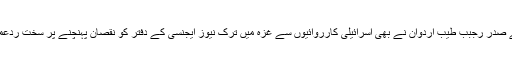
ترکی کے صدر رجبب طیب اردوان نے بھی اسرائیلی کارروائیوں سے غزہ میں ترک نیوز ایجنسی کے دفتر کو نقصان پہنچنے پر سخت ردعمل دیا تھا۔